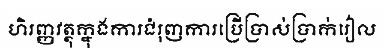
ហិរញ្ញវត្ថុក្នុងការជំរុញការប្រើប្រាស់ប្រាក់រៀល